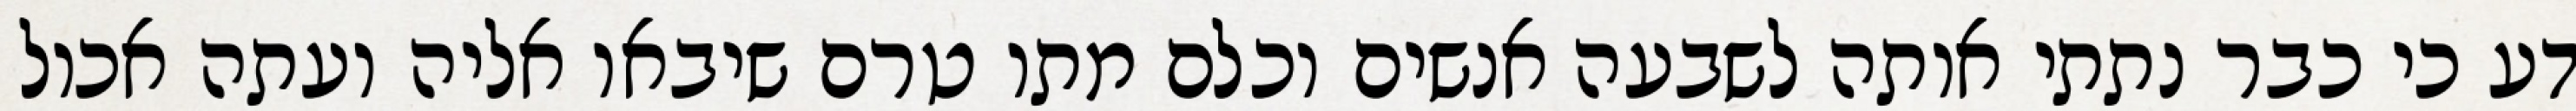
דע כי כבר נתתי אותה לשבעה אנשים וכלם מתו טרם שיבאו אליה ועתה אכול